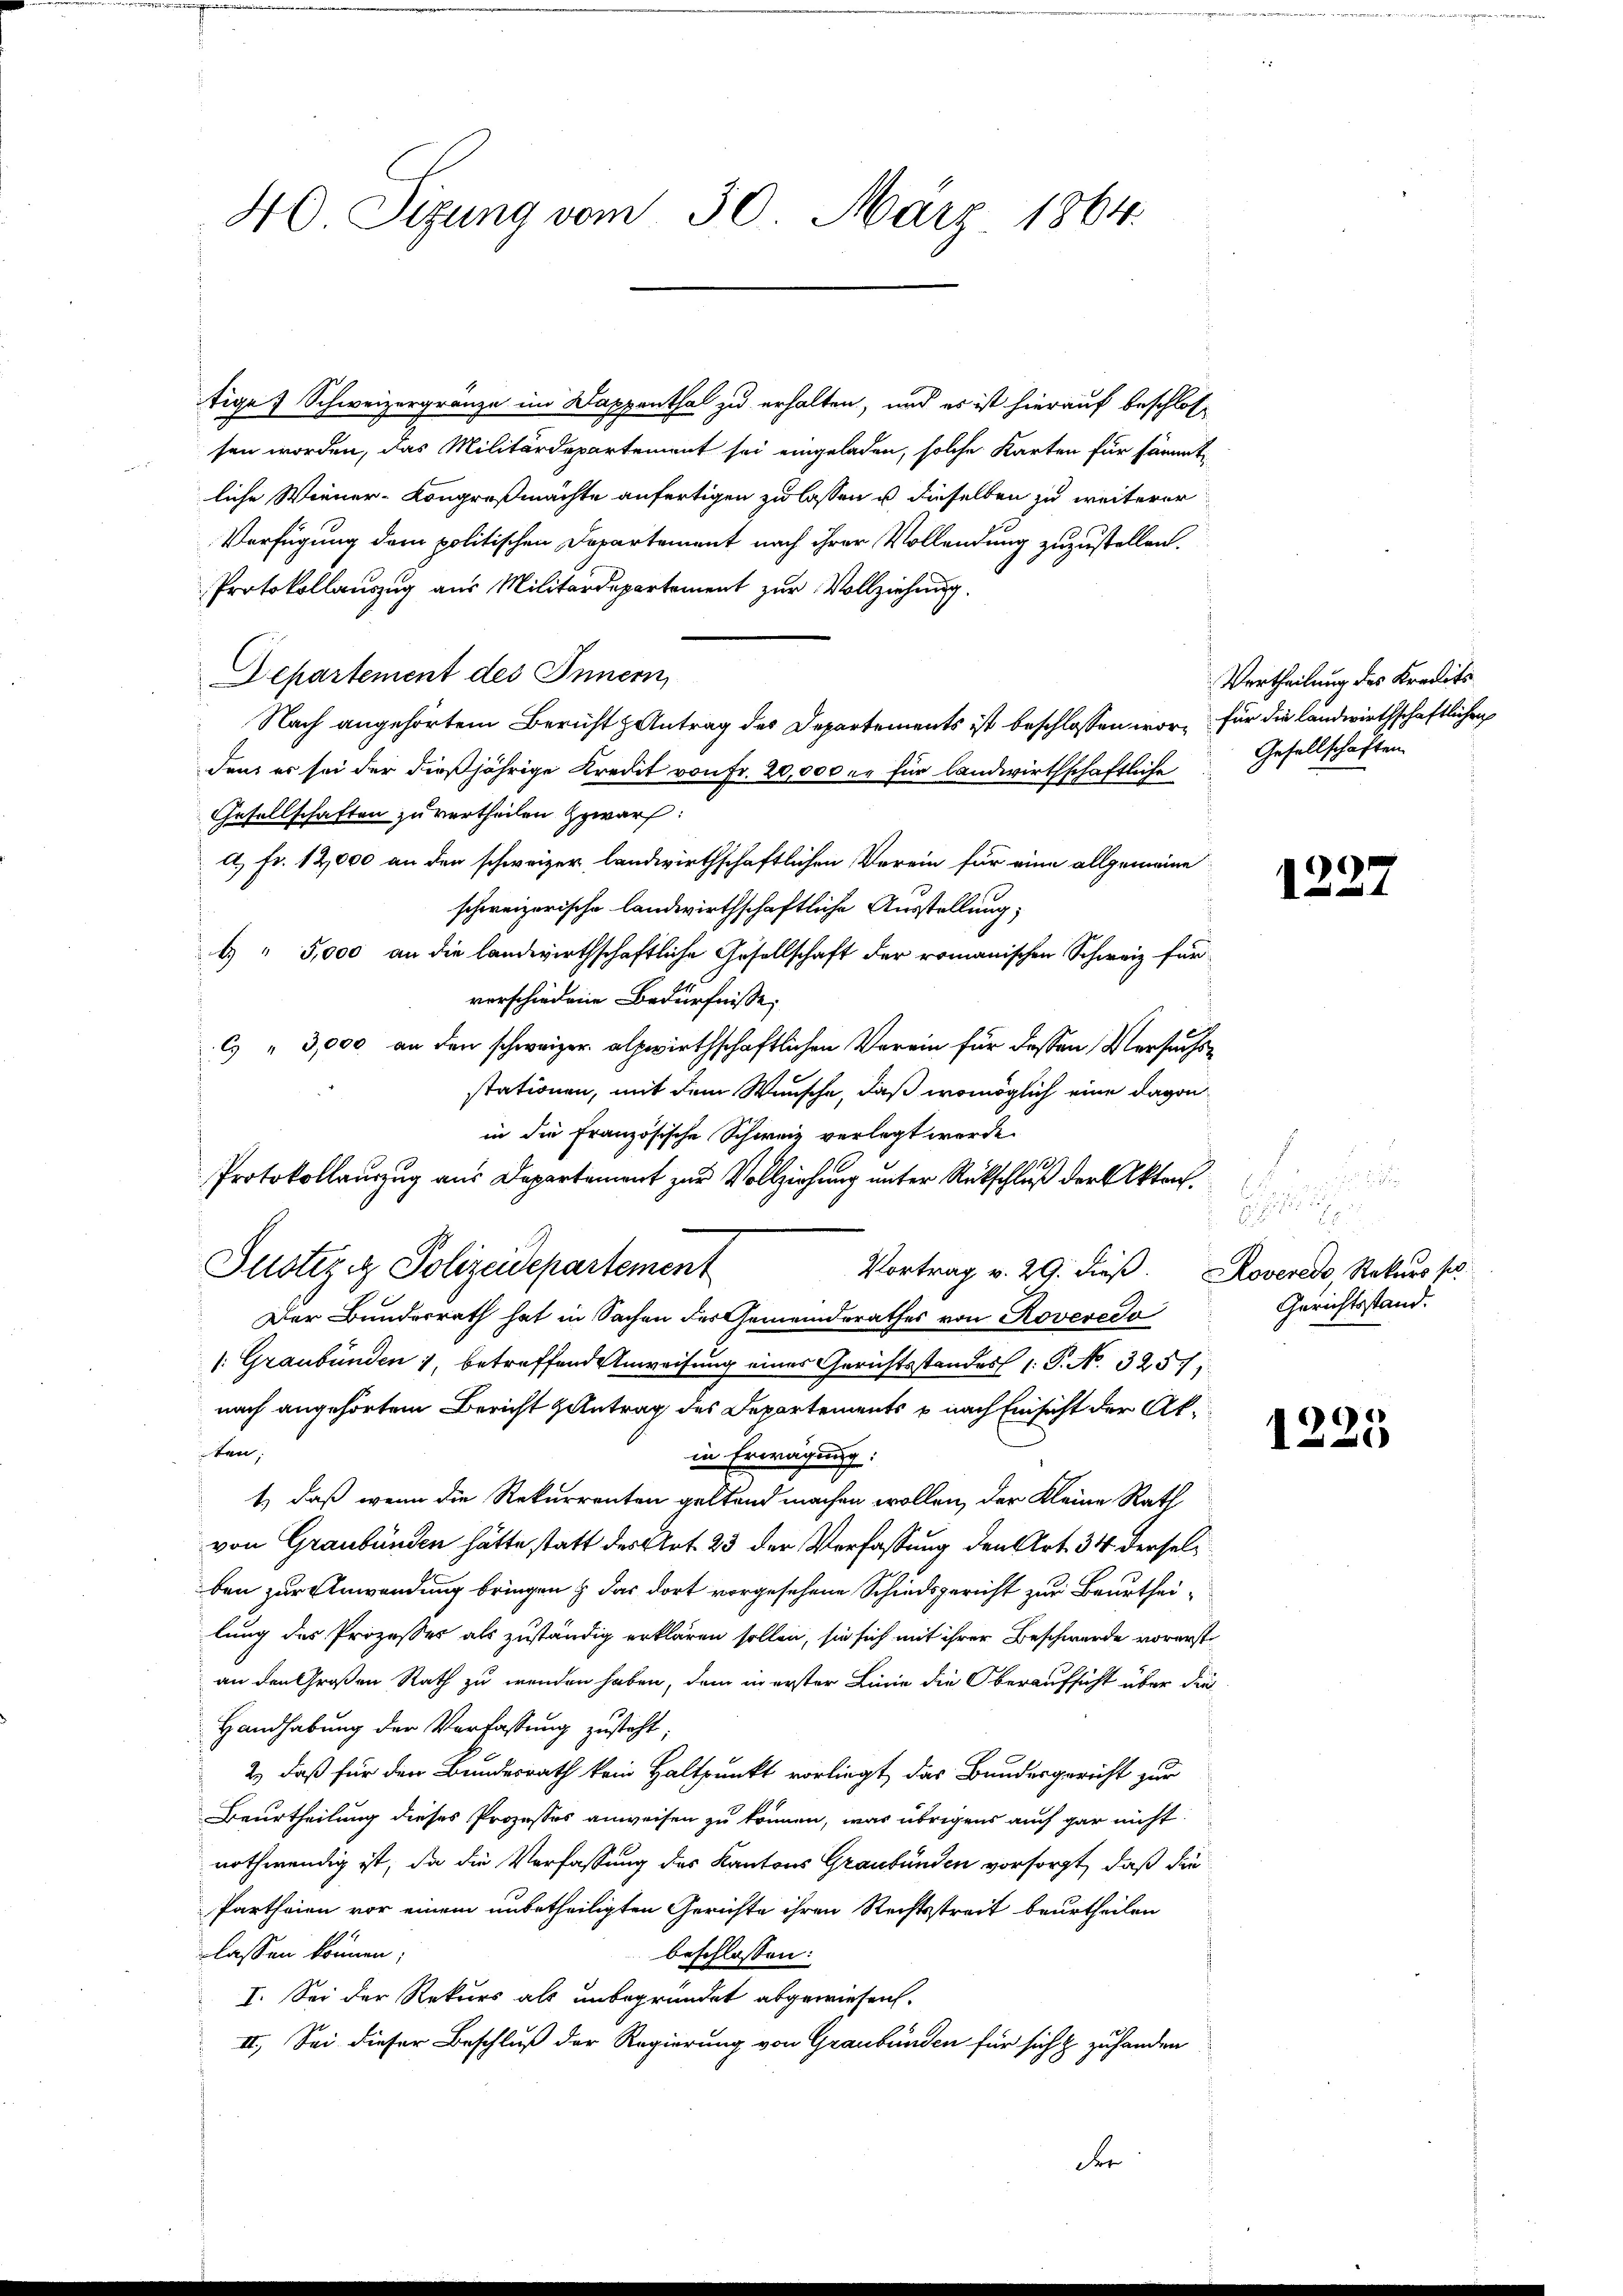
46 Sizung vom 30. März 1864.

tige Schweizergränze im Dappenthal zu erhalten, und es ist hierauf beschlos-
sen worden, das Militärdepartement sei eingeladen, solche Karten für sämmt
liche Wiener-Kongreßmachte anfertigen zu lassen u. dieselben zu weiterer
Verfügung dem politischen Departement nach ihrer Vollendung zuzustellen.
Protokollauszug aus Militärdepartement zur Vollziehung.
Departement des Innern,
Nach angehörtem Bericht Antrag des Departements ist beschlossen wor- für die landwirthschaftlichen
den er sei der dießjährige Kredit von Fr. 20,000 er für landwirthschaftliche
Gesellschaften zu vertheilen zwar:
A.) Fr. 12,000 an den schweizer landwirthschaftlichen Verein für eine allgemeine
schweizerische landwirthschaftliche Ausstellung;
6 " 5,000 an die landwirthschaftliche Gesellschaft der romanischen Schweiz für
vorschiedene Bedürfnisse,
6 " 3,000 an den schweizer alpwirthschaftlichen Verein für dessen Versuchsstationen, mit dem Wunsche, daß womöglich eine davon
in die Französische Schweiz verlegt werde.
1129
Protokollauszug aus Departement zur Vollziehung unter Rückschluß der Akten.
Vortrag v. 29. dieβ.  Roveredo, Rekurs so
Der Bundesrath hat in Sachen des Gemeindsrathes von Roveredo
/: Graubünden 1, betreffend Anweisung eines Gerichtsstandes 1 S. No. 3257.
nach angehörtem Bericht antrag des Departements p nach Einsicht der Akten,
in Erwägung:
1.) Daß wenn die Rekurrenten geltend machen wollen, der Kleine Rath
von Graubünden hätte statt des Art. 23 der Verfassung den Art. 34 derselben zur Anwendung bringen & das dort vorgesehene Schiedsgericht zur Beurtheilung des Prozesses als zuständig erklären sollen, sie sich mit ihrer Beschwerde vorerst
an den Großen Rath zu wenden haben, dem in erster Linie die Oberaufsicht über die
Handhabung der Verfassung zusteht;
2.) daß für den Bundesrath kein Haltpunkt vorliegt, das Bundesgericht zur
Beurtheilung dieses Prozesses anweisen zu können, was übrigens auch gar nicht
nothwendig ist, da die Verfassung des Kantons Graubünden vorsorgt, daß die
Partheien vor einem unbetheiligten Gerichte ihren Rechtsstreit beurtheilen
lassen können;
beschlossen:
I. Sei der Rekurs als unbegründet abgewiesen.
II., Sei dieser Beschluß der Regierung von Graubünden für sich & zuhanden

Justiz & Polizeidepartement

Vertheilung des Kredits
Gesellschaften.

8

1227

u

Gerichtsstand.

1225